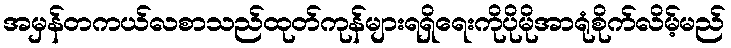
အမှန်တကယ်လစာသည်ထုတ်ကုန်များရရှိရေးကိုပိုမိုအာရုံစိုက်လိမ့်မည်